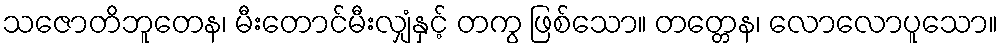
သဇောတိဘူတေန၊ မီးတောင်မီးလျှံနှင့် တကွ ဖြစ်သော။ တတ္တေန၊ လောလောပူသော။